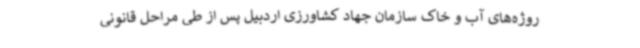
روژه‌های آب و خاک سازمان جهاد کشاورزی اردبیل پس از طی مراحل قانونی